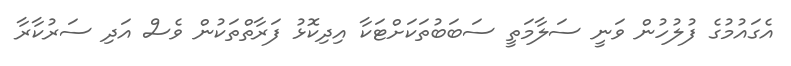
އެގައުމުގެ ފުލުހުން ވަނީ ސަލާމަތީ ސަބަބުތަކަށްޓަކާ އިދިކޮޅު ފަރާތްތަކުން ވެސް އަދި ސަރުކާރާ